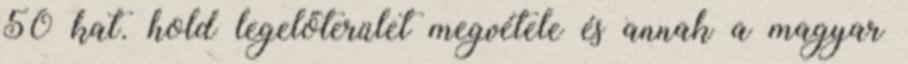
50 kat. hold legelőterület megvétele és annak a magyar